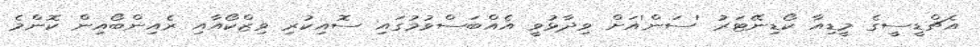
އެޗްޑީސީގެ މީޑިއާ ކޯޑިނޭޓަރު 'ސަން'އަށް ވިދާޅުވީ އެއްބަސްވުމުގައި ސޮއިކުރި ވިޒްކޯއާއި ރެއިންބޯއިން ކޮންމެ